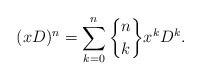
LaTeX: \begin{align*} (xD)^n=\sum_{k=0}^n {{n}\brace {k}} x^{k}D^{k}.\end{align*}